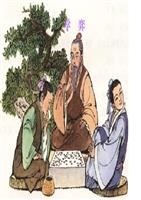
一心以为有鸿鹄将至，思援弓缴而射之，虽与之俱学弗若之矣。